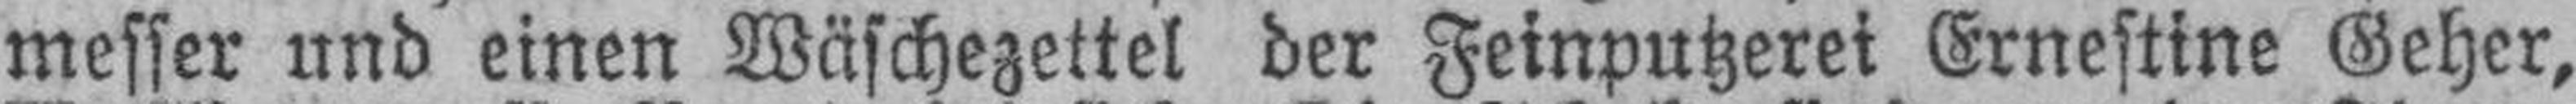
messer und einen Wäschezettel der Feinputzerei Ernestine Geher,